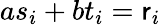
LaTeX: as_{i}+bt_{i}=\mathsf{r}_{i}